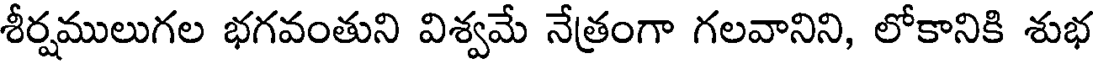
శీర్షములుగల భగవంతుని విశ్వమే నేత్రంగా గలవానిని, లోకానికి శుభ